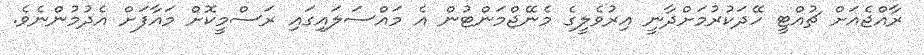
ރާއްޖެއަށް ޗުއްޓީ ހޭދަކުރުމަށްދާނީ އިރުވެލީގެ މެނޭޖްމަންޓުން އެ މައްސަލައިގައި ރަސްމީކޮށް މައާފަށް އެދުމުންނެވެ.